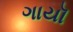
ગાયૉ